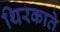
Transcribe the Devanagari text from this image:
थिरकाते